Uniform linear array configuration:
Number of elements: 12
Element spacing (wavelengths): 0.5
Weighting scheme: hamming
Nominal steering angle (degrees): -15
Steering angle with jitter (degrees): -15.001
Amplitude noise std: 0.05
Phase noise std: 0.05

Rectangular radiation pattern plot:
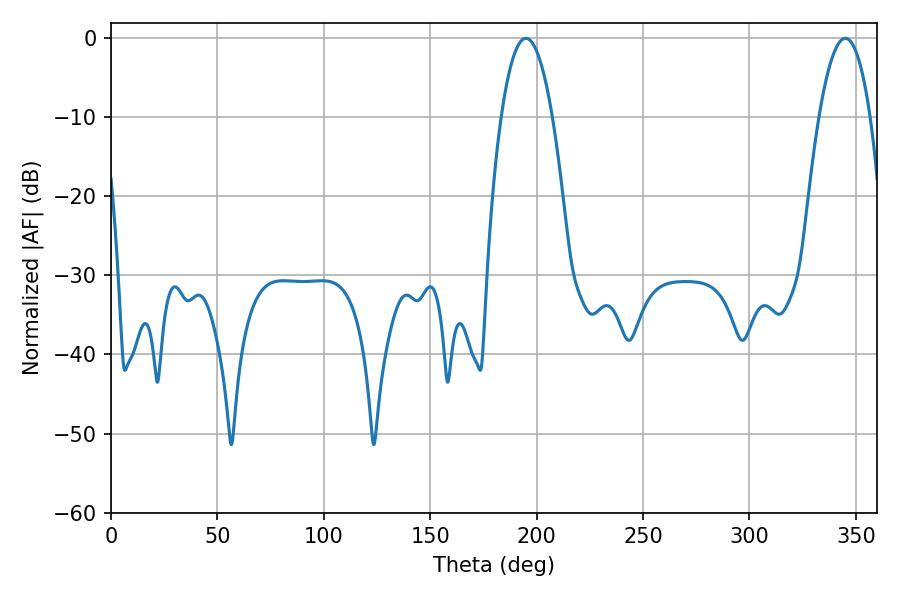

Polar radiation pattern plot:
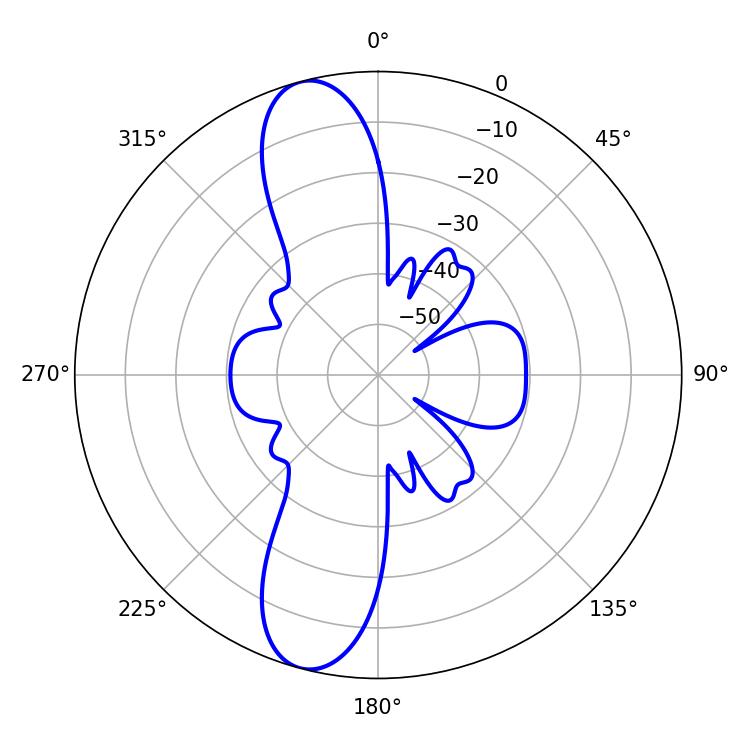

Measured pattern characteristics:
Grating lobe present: FALSE
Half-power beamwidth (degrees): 13.32
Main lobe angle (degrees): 194.94